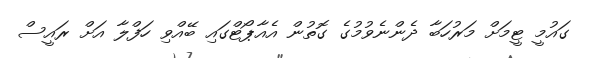
ގައުމީ ޓީމަށް މަރުހަބާ ދެންނެވުމުގެ ގޮތުން އެއާޕޯޓްގައި ބޭއްވި ހަފްލާ އަށް ރައީސް